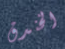
الخندق